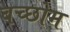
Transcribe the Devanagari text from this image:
बच्छोम